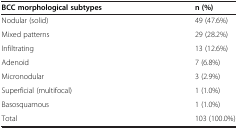
<table><thead><tr><td><b>BCC morphological subtypes</b></td><td><b>n (%)</b></td></tr></thead><tbody><tr><td>Nodular (solid)</td><td>49 (47.6%)</td></tr><tr><td>Mixed patterns</td><td>29 (28.2%)</td></tr><tr><td>Infiltrating</td><td>13 (12.6%)</td></tr><tr><td>Adenoid</td><td>7 (6.8%)</td></tr><tr><td>Micronodular</td><td>3 (2.9%)</td></tr><tr><td>Superficial (multifocal)</td><td>1 (1.0%)</td></tr><tr><td>Basosquamous</td><td>1 (1.0%)</td></tr><tr><td>Total</td><td>103 (100.0%)</td></tr></tbody></table>